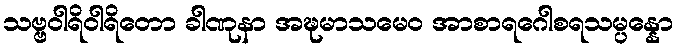
သဗ္ဗဝါရိဝါရိတော ခါဏုနာ အဍ္ဎမာသမေဝ အာစာရဂေါစရသမ္ပန္နော